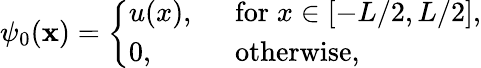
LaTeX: \psi_{0}(\mathbf{x})=\left\{ \begin{array}{ll}{u(x),\; \; }&{\textrm{for}\; x\in[-L/2,L/2],}\\ {0,\; \; }&{\textrm{otherwise},}\end{array}\right.